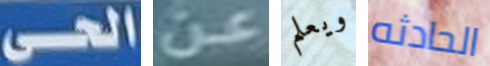
الحى عن ويعلم الحادثه